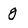
Character: g